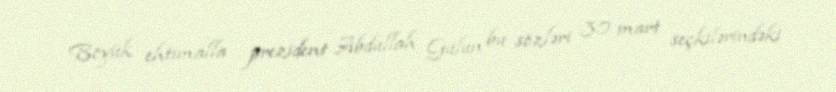
Böyük ehtimalla prezident Abdullah Gülün bu sözləri 30 mart seçkilərindəki